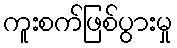
ကူးစက်ဖြစ်ပွားမှု